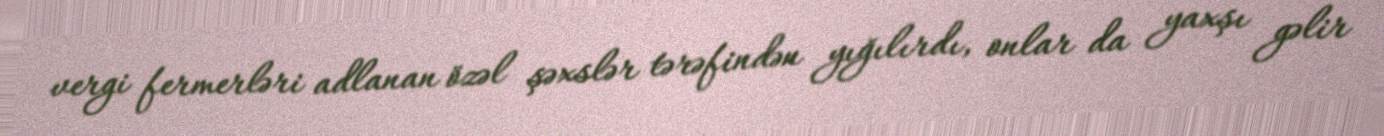
vergi fermerləri adlanan özəl şəxslər tərəfindən yığılırdı, onlar da yaxşı gəlir